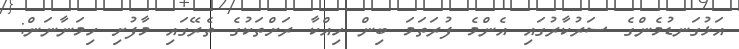
އަޅުގަނޑުމެންގެ ސަރުކާރުގައި އެންމެ ފުރަތަމަ ބިން ހިއްކާ ރަށްތަކުގެ ތެރޭގައި މާފުށި ހިމަނާނަން: